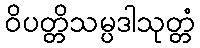
ဝိပတ္တိသမ္ပဒါသုတ္တံ